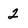
Character: 2